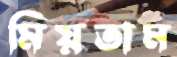
মিয়তাম